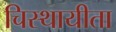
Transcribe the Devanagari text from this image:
चिस्थायीता